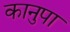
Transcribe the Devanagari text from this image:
कानुपा